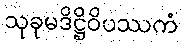
သုခုမဒိဋ္ဌိဝိပဿကံ